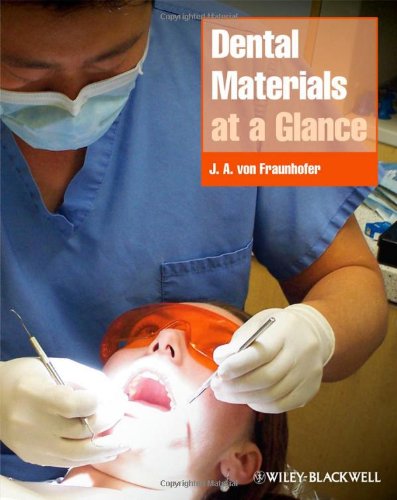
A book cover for Dental Materials at a Glance; J. Anthony von Fraunhofer; Medical Books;